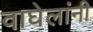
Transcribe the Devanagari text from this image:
वाघेलांनी